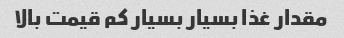
مقدار غذا بسیار بسیار کم قیمت بالا